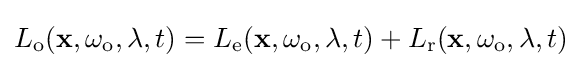
L_{\text{o}}(\mathbf {x} ,\omega _{\text{o}},\lambda ,t)=L_{\text{e}}(\mathbf {x} ,\omega _{\text{o}},\lambda ,t)+L_{\text{r}}(\mathbf {x} ,\omega _{\text{o}},\lambda ,t)